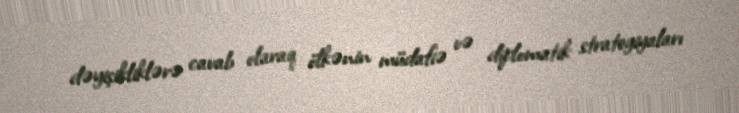
dəyişikliklərə cavab olaraq ölkənin müdafiə və diplomatik strategiyaları